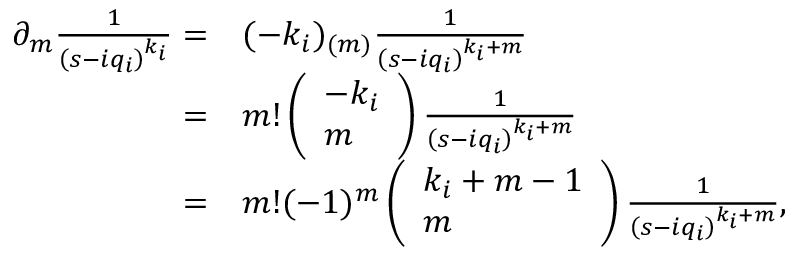
\begin{array} { r l } { \partial _ { m } \frac { 1 } { \left( s - i q _ { i } \right) ^ { k _ { i } } } = } & { { } ( - k _ { i } ) _ { ( m ) } \frac { 1 } { \left( s - i q _ { i } \right) ^ { k _ { i } + m } } } \\ { = } & { { } m ! \left( \begin{array} { l } { - k _ { i } } \\ { m } \end{array} \right) \frac { 1 } { \left( s - i q _ { i } \right) ^ { k _ { i } + m } } } \\ { = } & { { } m ! ( - 1 ) ^ { m } \left( \begin{array} { l } { k _ { i } + m - 1 } \\ { m } \end{array} \right) \frac { 1 } { \left( s - i q _ { i } \right) ^ { k _ { i } + m } } , } \end{array}